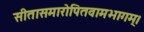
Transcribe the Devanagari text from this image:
सीतासमारोपितवामभागम्।